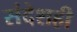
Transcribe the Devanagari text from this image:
संदेशही